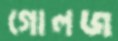
গোলজ